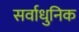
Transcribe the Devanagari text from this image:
सर्वाधुनिक